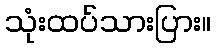
သုံးထပ်သားပြား။